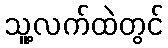
သူ့လက်ထဲတွင်